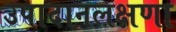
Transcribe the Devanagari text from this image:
उपादानलक्षणा